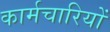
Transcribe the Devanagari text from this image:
कार्मचारियों